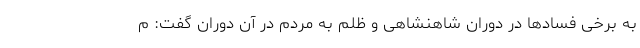
به برخی فسادها در دوران شاهنشاهی و ظلم به مردم در آن دوران گفت: م